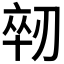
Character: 𫦈